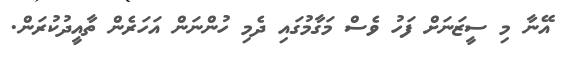
އޭނާ މި ސީޒަނަށް ފަހު ވެސް މަގާމުގައި ދެމި ހުންނަން އަހަރެން ތާއީދުކުރަން.